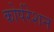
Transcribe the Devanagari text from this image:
कोर्परेशन